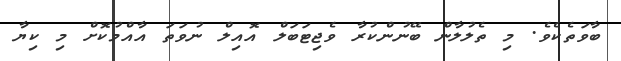
ބާވަތެކެވެ. މި ތެލުލާން ބޭނުންކުރާ ވެޖިޓަބަލް އޮއިލް ނުވަތަ އާއްމުކޮށް މި ކިޔާ